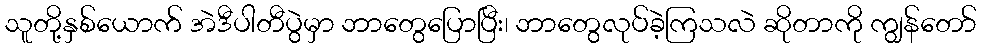
သူတို့နှစ်ယောက် အဲဒီပါတီပွဲမှာ ဘာတွေပြောပြီး၊ ဘာတွေလုပ်ခဲ့ကြသလဲ ဆိုတာကို ကျွန်တော်